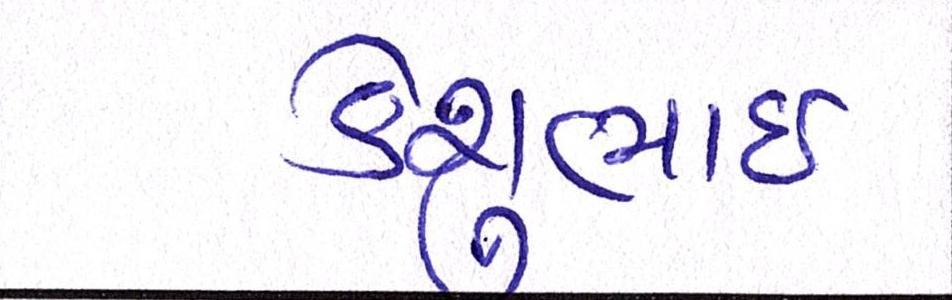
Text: કેશુભાઈ